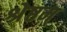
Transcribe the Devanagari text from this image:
श्रेष्ठम्